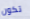
تكون